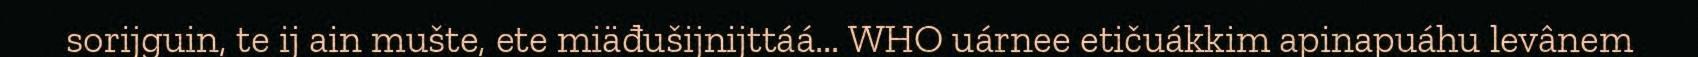
sorijguin, te ij ain mušte, ete miäđušijnijttáá... WHO uárnee etičuákkim apinapuáhu levânem